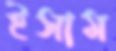
ইসাম